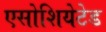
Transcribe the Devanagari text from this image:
एसोशियेटेड